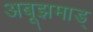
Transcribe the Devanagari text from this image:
अबूझमाड्